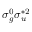
\sigma _ { g } ^ { 0 } \sigma _ { u } ^ { * 2 }